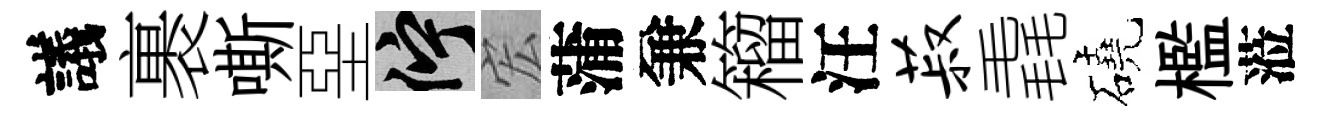
議裹嘶堊伫宏蒲兼籕汪菽毳磽檻蒞